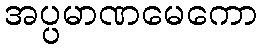
အပ္ပမာဏမေကော